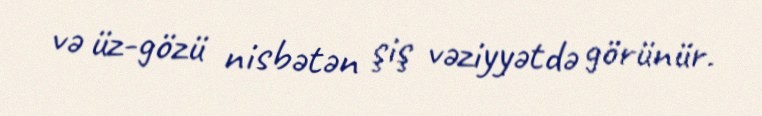
və üz-gözü nisbətən şiş vəziyyətdə görünür.